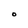
Character: O